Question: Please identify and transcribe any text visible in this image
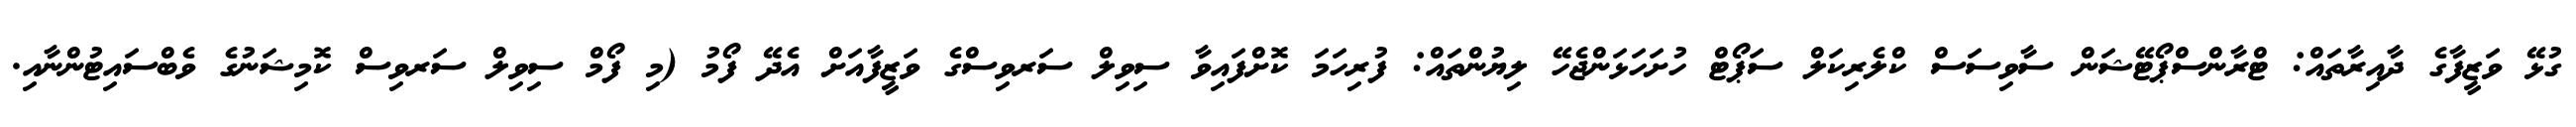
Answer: ގުޅޭ ވަޒީފާގެ ދާއިރާތައް: ޓްރާންސްޕޯޓޭޝަން ސާވިސަސް ކްލެރިކަލް ސަޕޯޓް ހުށަހަޅަންޖެހޭ ލިޔުންތައް: ފުރިހަމަ ކޮށްފައިވާ ސިވިލް ސަރވިސްގެ ވަޒީފާއަށް އެދޭ ފޯމު (މި ފޯމް ސިވިލް ސަރވިސް ކޮމިޝަނުގެ ވެބްސައިޓުންނާއި.